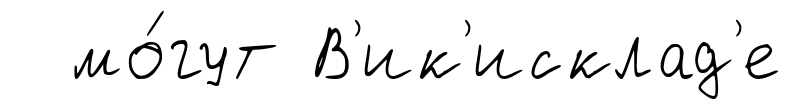
мо́гут В'ик'исклад'е